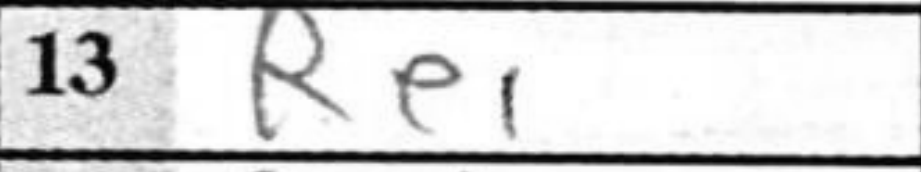
Transcription: Re1